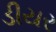
ડીયર